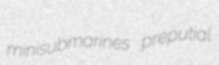
minisubmarines preputial